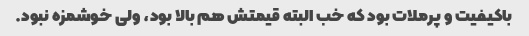
باکیفیت و پرملات بود که خب البته قیمتش هم بالا بود، ولی خوشمزه نبود.